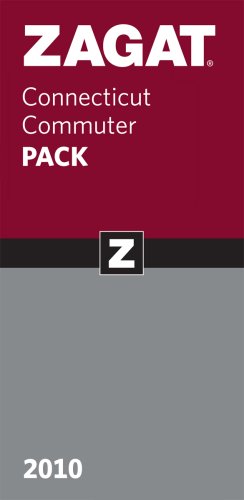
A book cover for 2010 Connecticut Commuter Pack (Zagat Connecticut Commuter Pack) (ZAGAT Guides); Travel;